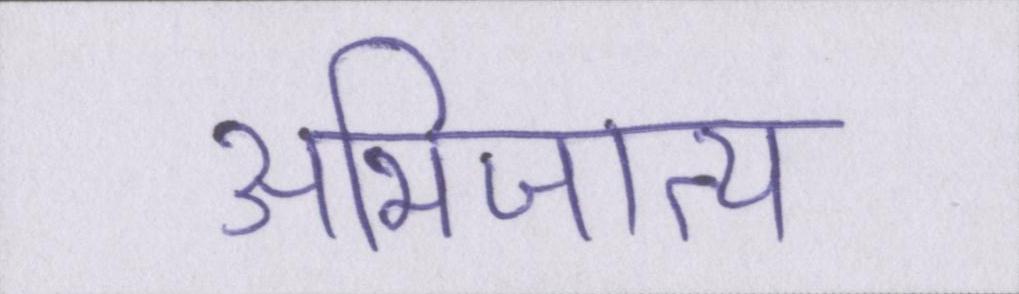
अभिजात्य